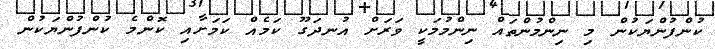
ކުންފުންޔަކުން މި ނިންމުންތައް ނިންމުމަކީ ވަރަށް އުނދަގޫ ކަމެއް ކަމަށާއި ކޮންމެ ކުންފުންޔަކުން